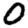
Digit: 0